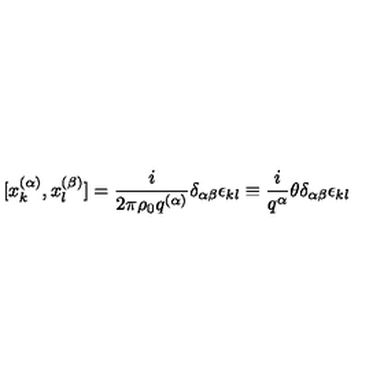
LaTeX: [ x _ { k } ^ { ( \alpha ) } , x _ { l } ^ { ( \beta ) } ] = \frac { i } { 2 \pi \rho _ { 0 } q ^ { ( \alpha ) } } \delta _ { \alpha \beta } \epsilon _ { k l } \equiv \frac { i } { q ^ { \alpha } } \theta \delta _ { \alpha \beta } \epsilon _ { k l }